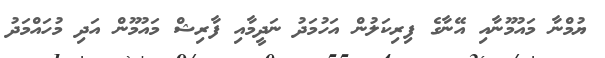
ޔުމްނާ މައުމޫނާއި އޭނާގެ ފިރިކަލުން އަހުމަދު ނަދީމާއި ފާރިޝް މައުމޫން އަދި މުހައްމަދު